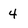
Character: 4